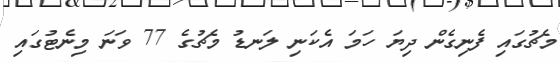
މެޗުގައި ފެނިގެން ދިޔަ ހަމަ އެކަނި ލަނޑު މެޗުގެ 77 ވަނަ މިނެޓުގައި